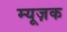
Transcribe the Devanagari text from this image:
म्यूज़क